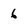
Character: 6